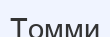
Томми